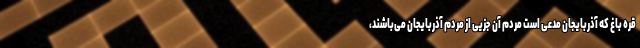
قره باغ که آذربایجان مدعی است مردم آن جزیی از مردم آذربایجان می‌باشند،